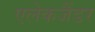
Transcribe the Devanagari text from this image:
एलेकजैंडर